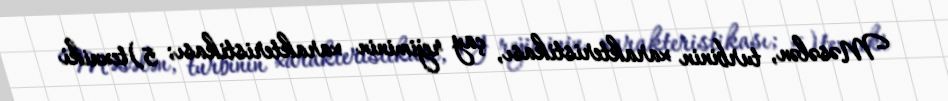
Məsələn, turbinin xarakteristikası, çay rejiminin xarakteristikası; 5)texniki